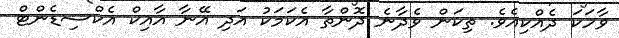
ވާހަކަ ދެއްކިއެވެ. ތިކަން ވެދާނެ ދޮންތާ އެކަމަކު އަދި އޭނާ އާއިކް އެކްސިޑެންޓް